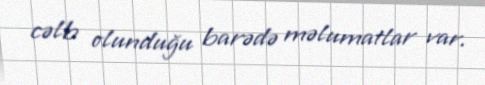
cəlb olunduğu barədə məlumatlar var.